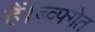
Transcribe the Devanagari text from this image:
हैं।ब्व्फ्गेत